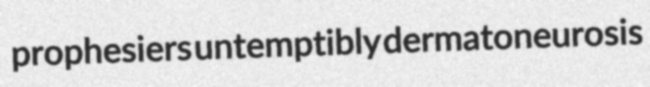
prophesiers untemptibly dermatoneurosis